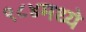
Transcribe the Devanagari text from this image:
९८४मध्ये